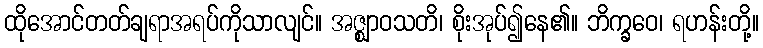
ထိုအောင်တတ်ချရာအရပ်ကိုသာလျင်။ အဇ္ဈာဝသတိ၊ စိုးအုပ်၍နေ၏။ ဘိက္ခဝေ၊ ရဟန်းတို့။